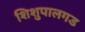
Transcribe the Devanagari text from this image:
शिशुपालगड